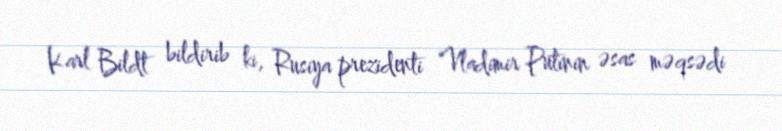
Karl Bildt bildirib ki, Rusiya prezidenti Vladimir Putinin əsas məqsədi